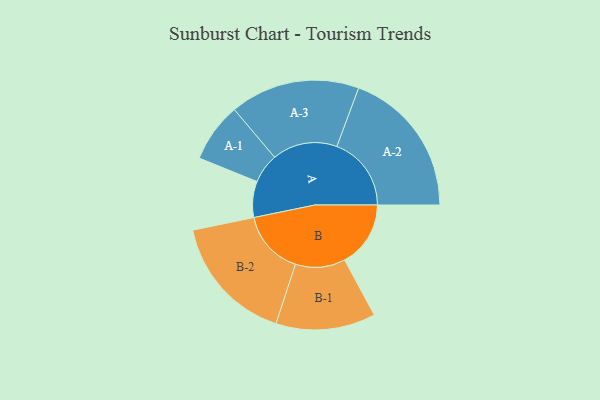
{"axis": {"x": "Segment", "y": "Value"}, "legend": ["", "A", "B"], "data": [{"x": "A", "y": 136, "type": ""}, {"x": "B", "y": 249, "type": ""}, {"x": "A-1", "y": 112, "type": "A"}, {"x": "A-2", "y": 281, "type": "A"}, {"x": "A-3", "y": 245, "type": "A"}, {"x": "B-1", "y": 188, "type": "B"}, {"x": "B-2", "y": 243, "type": "B"}]}